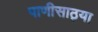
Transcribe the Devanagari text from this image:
पाणीसाठ्या